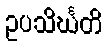
ဥပသိင်္ဃတိ